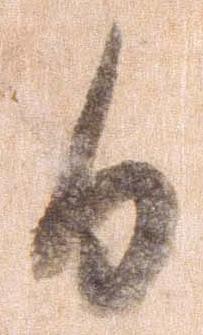
日